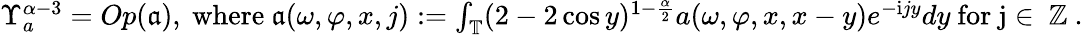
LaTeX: \begin{array}{r}{\Upsilon_{a}^{\alpha-3}=Op(\mathfrak{a}),\mathrm{~where~}\mathfrak{a}(\omega,\varphi,x,j):=\int_{\mathbb{T}}(2-2\cos y)^{1-\frac{\alpha}2}a(\omega,\varphi,x,x-y)e^{-\mathrm{i}jy}dy\mathrm{~for~j\in~\mathbb{Z}~}.}\end{array}